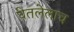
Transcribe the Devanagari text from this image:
घेतलेलाच